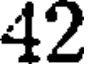
42